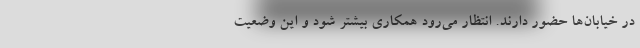
در خیابان‌ها حضور دارند. انتظار می‌رود همکاری بیشتر شود و این وضعیت